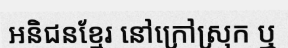
អនិជនខ្មែរ នៅក្រៅស្រុក ឬ